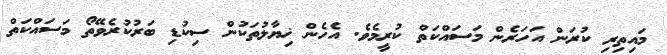
މައިތިރި ކުރަން އަހަރެން މަސައްކަތް ކުރީމެވެ. އެހެން ޚިޔާލުތަކުން ސިކުޑި ބަރުކުރެވޭތޯ މަސައްކަތް